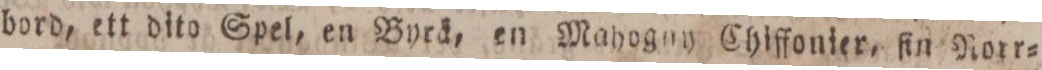
bord, ett dito Spel, en Byrä, en Mahogny Chiffonier, ſin Rorr=